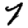
Digit: 7